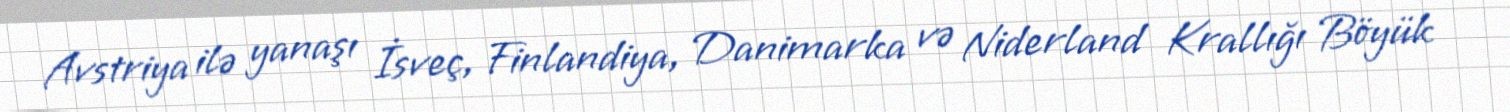
Avstriya ilə yanaşı İsveç, Finlandiya, Danimarka və Niderland Krallığı Böyük